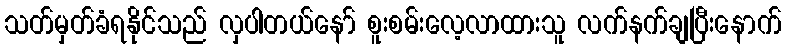
သတ်မှတ်ခံရနိုင်သည် လှပါတယ်နော် စူးစမ်းလေ့လာထားသူ လက်နက်ချပြီးနောက်